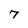
Character: 7